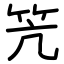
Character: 笐